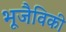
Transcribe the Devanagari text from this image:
भूजैविकी